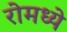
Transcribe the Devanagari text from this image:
रोमध्ये